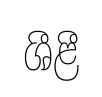
ශීළී